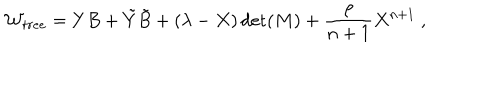
LaTeX: { \cal W } _ { t r e e } = Y B + { \tilde { Y } } { \tilde { B } } + ( \lambda - X ) \det ( M ) + { \frac { \rho } { n + 1 } } X ^ { n + 1 } ~ ,